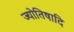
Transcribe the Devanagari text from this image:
ज्योतिषादि